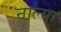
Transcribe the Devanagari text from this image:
नाल्या